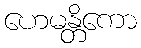
ဟေမန္တိကော